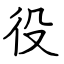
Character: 役